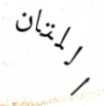
اللتان